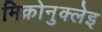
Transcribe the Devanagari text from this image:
मिक्रोनुक्लेइ